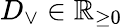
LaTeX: D_{\vee}\in\mathbb{R}_{\ge 0}